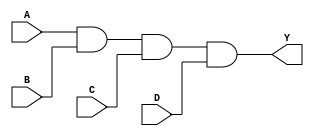
module AND4 (
	input A, B, C, D,
	output Y
);
	assign Y = A & B & C & D;
endmodule